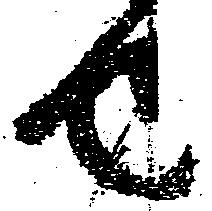
也